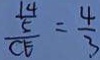
\frac { \frac { 1 4 } { 5 } } { C E } = \frac { 4 } { 3 }